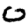
Digit: 0